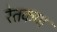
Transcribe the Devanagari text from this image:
रेतकण